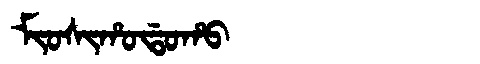
Manchu: ᠮᡳᠣᠰᡳᡥᠣᡩᠣᡥᠣ
Romanization: MIOSIHODOHO